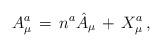
LaTeX: \begin{align*}A^a_\mu \, = \, n^a \hat{A}_\mu \, + \, X^a_\mu \, ,\end{align*}